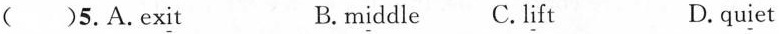
( )5.A.Ex\underline{i}t B.m\underline{i}ddle C. l\underline{i}ft D.qu\underline{i}et